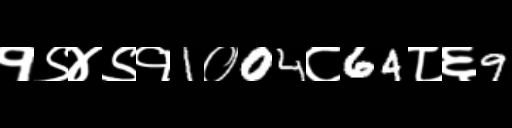
Text: १९४९१1०04८64८६9